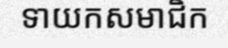
ទាយកសមាជិក